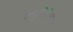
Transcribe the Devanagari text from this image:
क्युटेनियस